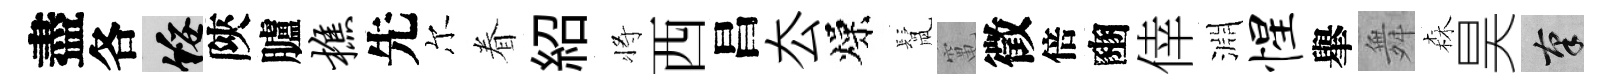
盡各綏陝臚樵先尔眷紹将西昌厺燥鬛𥧄徵倍豳倖淵惺𦦙舞森昊筆